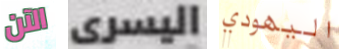
الآن اليسرى اليهودي